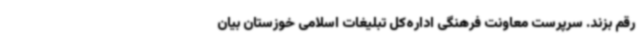
رقم بزند. سرپرست معاونت فرهنگی اداره‌کل تبلیغات اسلامی خوزستان بیان